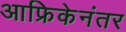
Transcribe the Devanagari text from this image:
आफ्रिकेनंतर